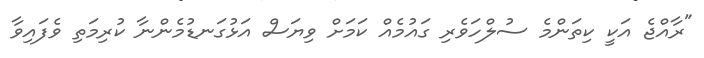
"ރާއްޖެ އަކީ ކިތަންމެ ސުލްހަވެރި ގައުމެއް ކަމަށް ވިޔަސް އަޅުގަނޑުމެންނާ ކުރިމަތި ވެފައިވާ